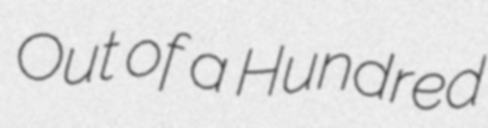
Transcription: Out of a Hundred